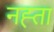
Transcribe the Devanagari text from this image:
नह्ता